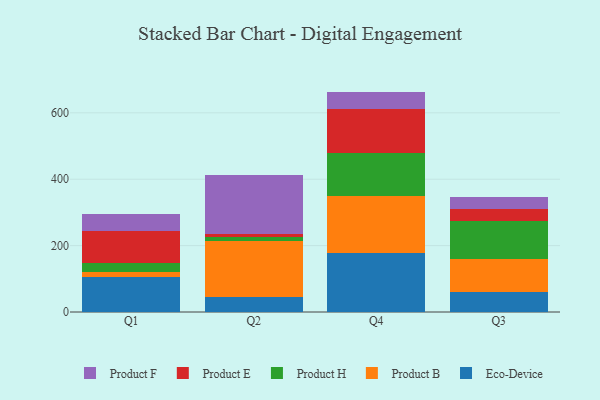
{"axis": {"x": "Quarter", "y": "Conversion Rate (%)"}, "legend": ["Eco-Device", "Product B", "Product E", "Product F", "Product H"], "data": [{"x": "Q1", "y": 104.1, "type": "Eco-Device"}, {"x": "Q1", "y": 15.7, "type": "Product B"}, {"x": "Q1", "y": 27.9, "type": "Product H"}, {"x": "Q1", "y": 95.4, "type": "Product E"}, {"x": "Q1", "y": 51.6, "type": "Product F"}, {"x": "Q2", "y": 45.9, "type": "Eco-Device"}, {"x": "Q2", "y": 167.2, "type": "Product B"}, {"x": "Q2", "y": 13.0, "type": "Product H"}, {"x": "Q2", "y": 8.6, "type": "Product E"}, {"x": "Q2", "y": 179.3, "type": "Product F"}, {"x": "Q4", "y": 179.0, "type": "Eco-Device"}, {"x": "Q4", "y": 169.0, "type": "Product B"}, {"x": "Q4", "y": 131.2, "type": "Product H"}, {"x": "Q4", "y": 131.7, "type": "Product E"}, {"x": "Q4", "y": 53.1, "type": "Product F"}, {"x": "Q3", "y": 60.6, "type": "Eco-Device"}, {"x": "Q3", "y": 97.7, "type": "Product B"}, {"x": "Q3", "y": 115.7, "type": "Product H"}, {"x": "Q3", "y": 35.9, "type": "Product E"}, {"x": "Q3", "y": 35.2, "type": "Product F"}]}